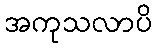
အကုသလာပိ